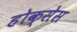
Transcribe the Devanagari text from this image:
होक्सेस